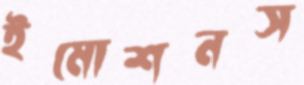
ইমোশনস